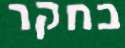
בחקר